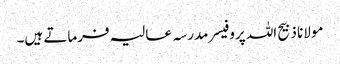
مولانا ذبیح اللہ پروفیسر مدرسہ عالیہ فرماتے ہیں۔